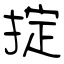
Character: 掟